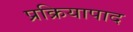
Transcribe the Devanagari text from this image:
प्रक्रियापाद